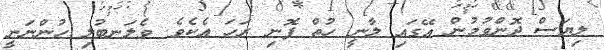
ލިޔަސް ދޮންވުމުން އޭގައި ލާނީ ހުތް ފޮނި ރަހަ އެކެވެ. ވެލަނބުލި ހުންނަނީ